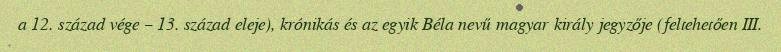
a 12. század vége – 13. század eleje), krónikás és az egyik Béla nevű magyar király jegyzője (feltehetően III.